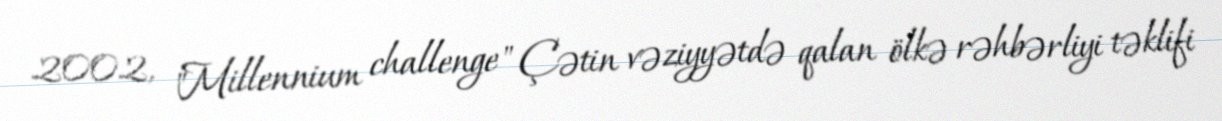
2002, "Millennium challenge" Çətin vəziyyətdə qalan ölkə rəhbərliyi təklifi